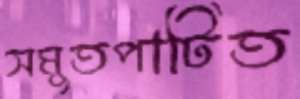
সমুতপাটিত